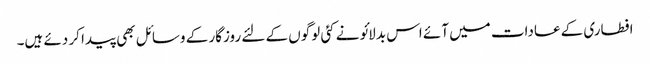
افطاری کے عادات میں آئے اس بدلائو نے کئی لوگوں کے لئے روزگار کے وسائل بھی پیدا کر دئے ہیں۔